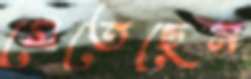
মেতেছেন